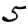
Digit: 5